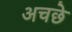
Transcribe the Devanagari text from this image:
अचछे